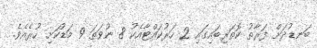
ބަނޑުދަށް ފަރާތު ކޮތަރިބައިގައި 2 ހަރުކައްޓާއެކު 8 ނުވަތަ 9 މަޑުކަށި ހުރެއެވެ.